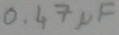
Text: 0.47µF